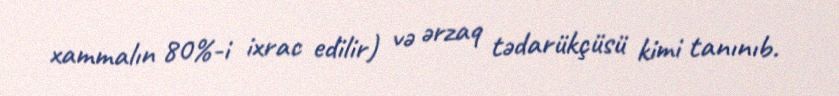
xammalın 80%-i ixrac edilir) və ərzaq tədarükçüsü kimi tanınıb.